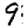
Digit: 9